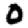
Digit: 0